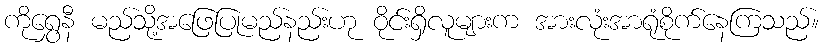
ကိုရွှေနီ မည်သို့အဖြေပြုမည်နည်းဟု ဝိုင်းရှိလူများက အားလုံးအာရုံစိုက်နေကြသည်။